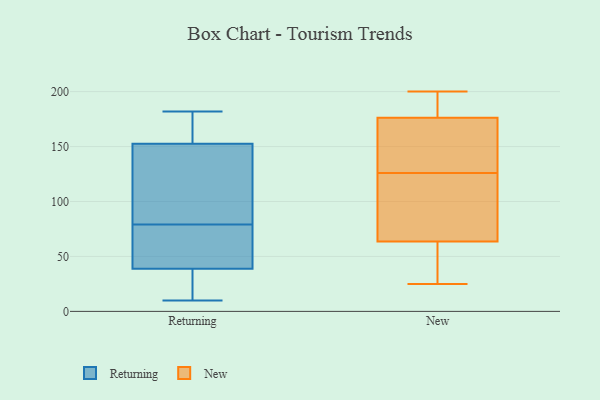
{"axis": {"x": "Backlog", "y": "Value"}, "legend": ["New", "Returning"], "data": [{"x": "", "y": 54, "type": "Returning"}, {"x": "", "y": 156, "type": "Returning"}, {"x": "", "y": 12, "type": "Returning"}, {"x": "", "y": 155, "type": "Returning"}, {"x": "", "y": 145, "type": "Returning"}, {"x": "", "y": 127, "type": "Returning"}, {"x": "", "y": 79, "type": "Returning"}, {"x": "", "y": 71, "type": "Returning"}, {"x": "", "y": 159, "type": "Returning"}, {"x": "", "y": 74, "type": "Returning"}, {"x": "", "y": 10, "type": "Returning"}, {"x": "", "y": 16, "type": "Returning"}, {"x": "", "y": 17, "type": "Returning"}, {"x": "", "y": 173, "type": "Returning"}, {"x": "", "y": 138, "type": "Returning"}, {"x": "", "y": 37, "type": "Returning"}, {"x": "", "y": 44, "type": "Returning"}, {"x": "", "y": 108, "type": "Returning"}, {"x": "", "y": 182, "type": "Returning"}, {"x": "", "y": 60, "type": "New"}, {"x": "", "y": 126, "type": "New"}, {"x": "", "y": 132, "type": "New"}, {"x": "", "y": 25, "type": "New"}, {"x": "", "y": 174, "type": "New"}, {"x": "", "y": 59, "type": "New"}, {"x": "", "y": 178, "type": "New"}, {"x": "", "y": 126, "type": "New"}, {"x": "", "y": 200, "type": "New"}, {"x": "", "y": 74, "type": "New"}, {"x": "", "y": 177, "type": "New"}]}